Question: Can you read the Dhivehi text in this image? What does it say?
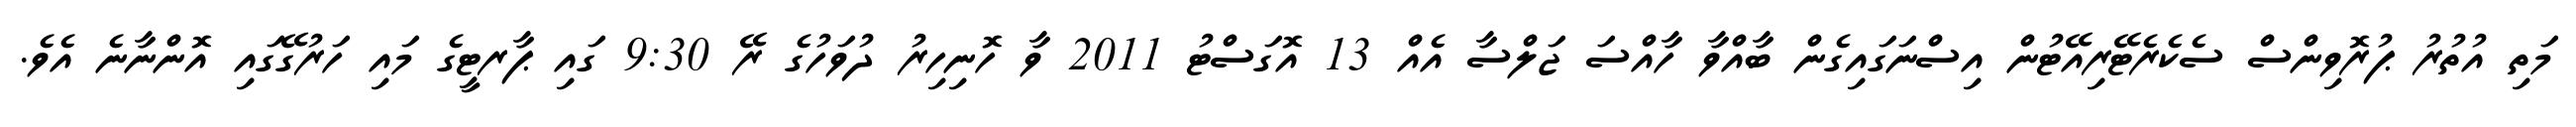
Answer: މަތި އުތުރު ޕުރޮވިންސް ސެކެރެޓޭރިއޭޓުން އިސްނަގައިގެން ބާއްވާ ހާއްސަ ޖަލްސާ އެއް 13 އޮގަސްޓު 2011 ވާ ހޮނިހިރު ދުވަހުގެ ރޭ 9:30 ގައި ޕާރޓީގެ މައި ހަރުގޭގައި އޮންނާނެ އެވެ.